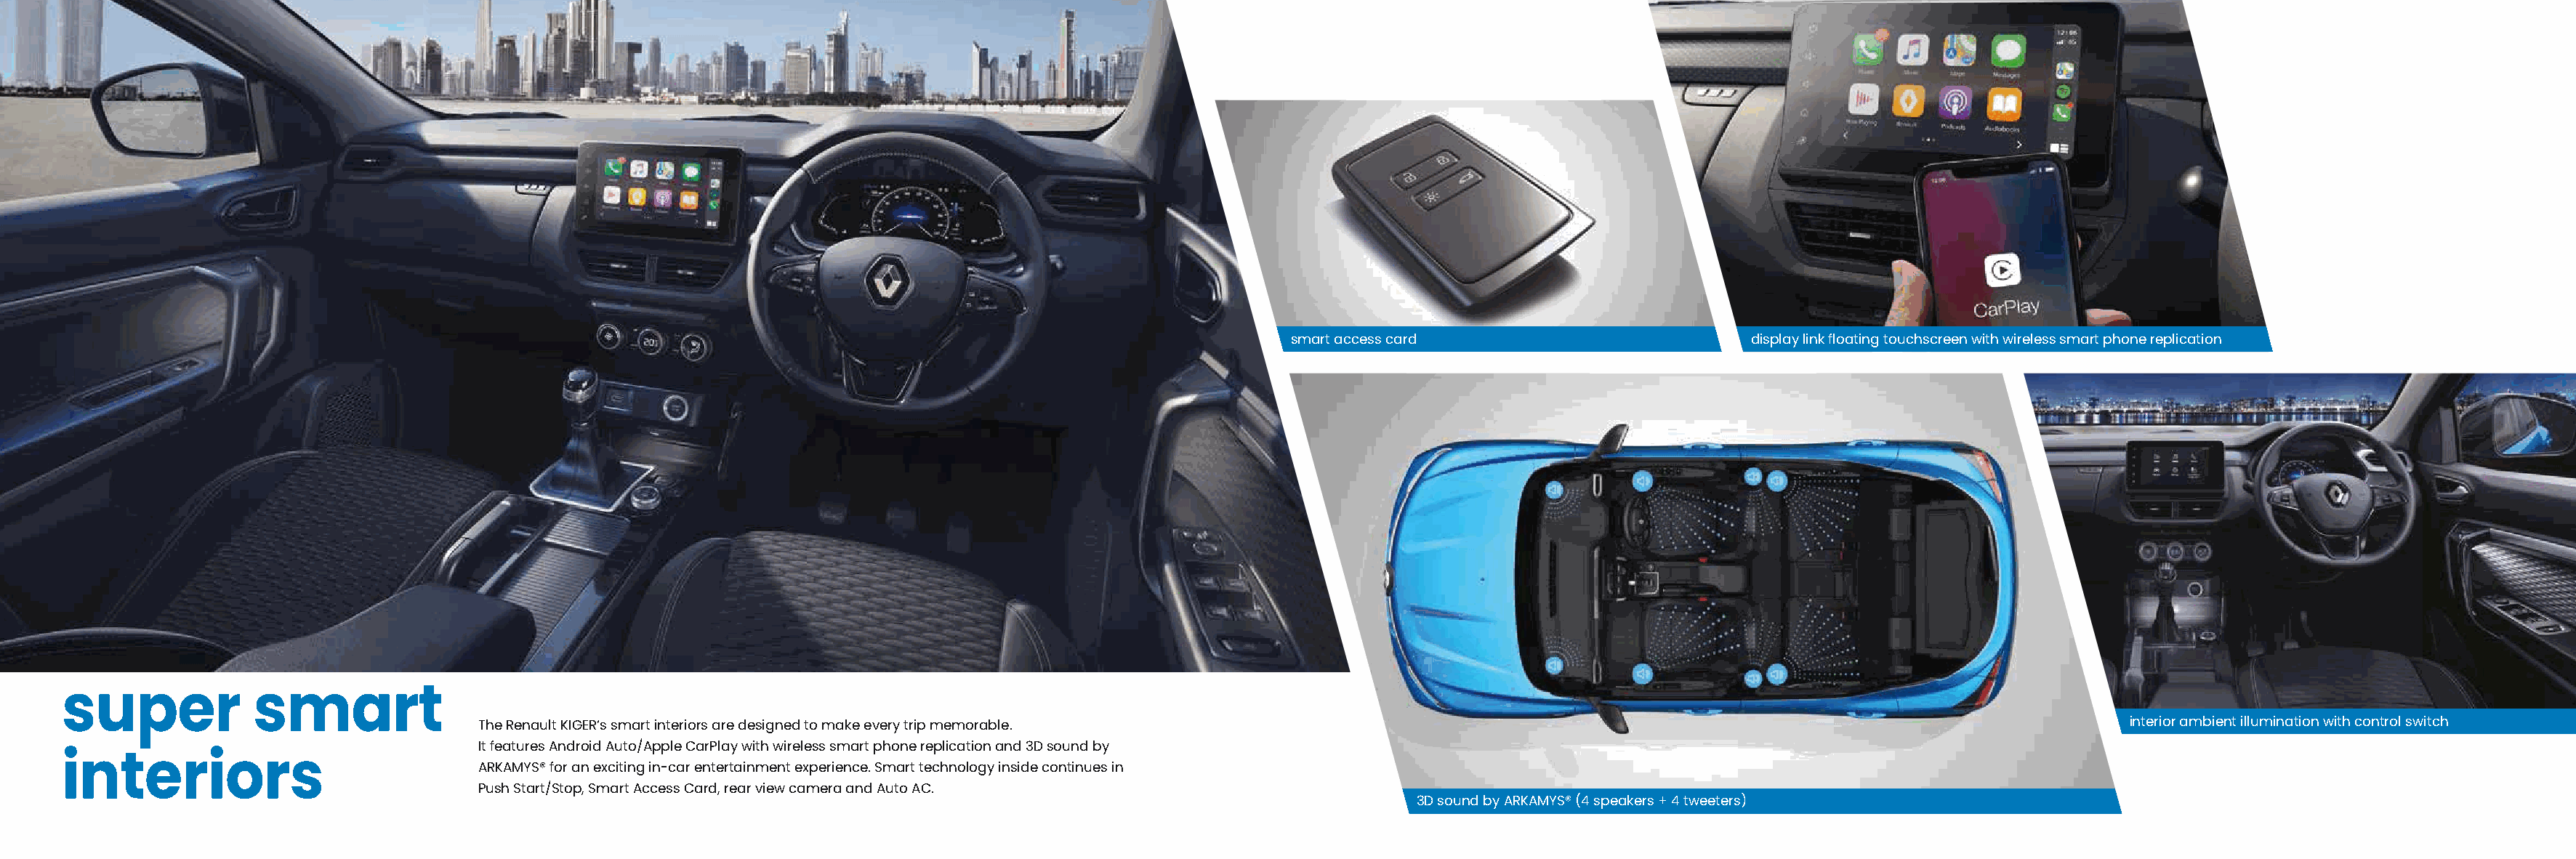
smart access card                        display link floating touchscreen with wireless smart phone replication
 super            smart
 The Renault KIGER’s smart interiors are designed to make every trip memorable.                                                                        interior ambient illumination with control switch
 It features Android Auto/Apple CarPlay with wireless smart phone replication and 3D sound by
 ARKAMYS® for an exciting in-car entertainment experience. Smart technology inside continues in
 interiors
 Push Start/Stop, Smart Access Card, rear view camera and Auto AC.
 3D sound by ARKAMYS® (4 speakers + 4 tweeters)